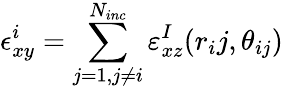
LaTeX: \epsilon_{xy}^{i}=\sum_{j=1,j\neq i}^{N_{inc}}\varepsilon_{xz}^{I}(r_{i}j,\theta_{ij})